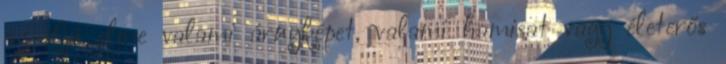
az ifjú elme valami árnyképet, valami hamisat vagy életerős